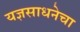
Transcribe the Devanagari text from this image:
यज्ञसाधनेचा